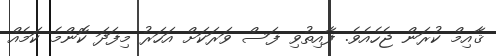
ޤާއިމް ކުރަން ޖެހެއެވެ. ފާއިތުވި ފަސް ވަރަަކަށް އަހަރު މިފަދަ ކޮންމެ ކަމެއް